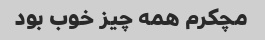
مچکرم همه چیز خوب بود